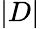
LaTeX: |D|